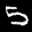
Label: 5